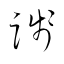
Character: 踐